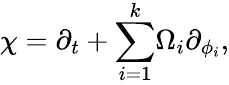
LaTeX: \chi=\partial_{t}+{{{\sum_{i=1}^{k}}}}\Omega_{i}\partial_{\phi_{i}},